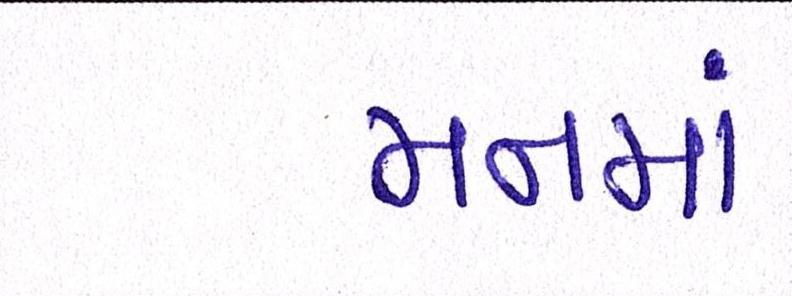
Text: મનમાં